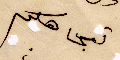
تجاهكم